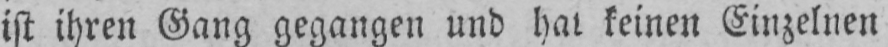
ist ihren Gang gegangen und hat keinen Einzelnen